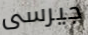
جيرسى